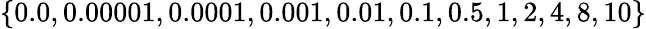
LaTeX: \{ 0.0,0.00001,0.0001,0.001,0.01,0.1,0.5,1,2,4,8,10\}